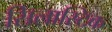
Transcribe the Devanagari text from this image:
सिलास्टिक